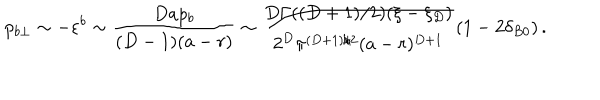
LaTeX: p _ { b \perp } \sim - \varepsilon ^ { b } \sim \frac { D a p _ { b } } { ( D - 1 ) ( a - r ) } \sim \frac { D \Gamma ( ( D + 1 ) / 2 ) ( \xi - \xi _ { D } ) } { 2 ^ { D } \pi ^ { ( D + 1 ) / 2 } ( a - r ) ^ { D + 1 } } \left( 1 - 2 \delta _ { B 0 } \right) .